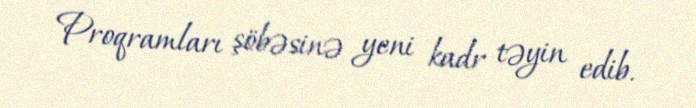
Proqramları şöbəsinə yeni kadr təyin edib.